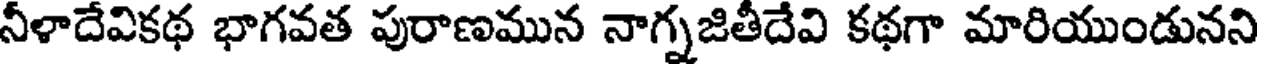
నీళాదేవికథ భాగవత పురాణమున నాగ్నజితీదేవి కథగా మారియుండునని